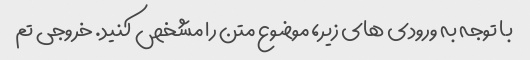
با توجه به ورودی های زیر، موضوع متن را مشخص کنید. خروجی تم